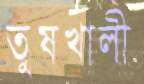
তুষখালী